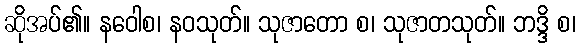
ဆိုအပ်၏။ နဝေါစ၊ နဝသုတ်။ သုဇာတော စ၊ သုဇာတသုတ်။ ဘဒ္ဒိ စ၊